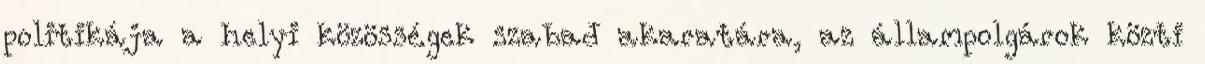
politikája a helyi közösségek szabad akaratára, az állampolgárok közti